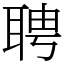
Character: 聘